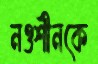
নওশীনকে